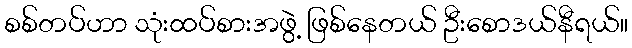
စစ်တပ်ဟာ သုံးထပ်စားအဖွဲ့ ဖြစ်နေတယ် ဦးစောဒယ်နီရယ်။